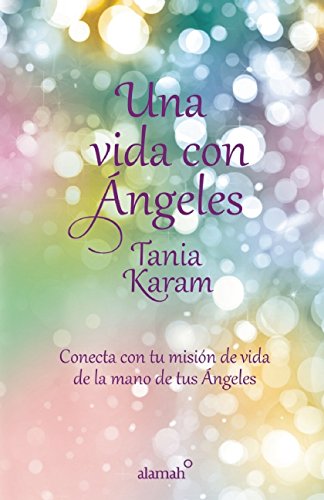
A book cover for Una vida con Ã¡ngeles (Spanish Edition); Tania Karam; Religion & Spirituality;